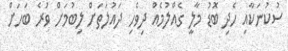
ސުކުނަކާއި ހެދި ބޮޑު މާލީ ގެއްލުމެއް ދިވެހި ދައުލަތަށް ލިބުމަށް ވުރެ ބަހަށް